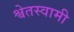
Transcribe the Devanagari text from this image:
श्वेतस्वामी